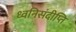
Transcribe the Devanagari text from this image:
ध्वनिसंदीप्ति